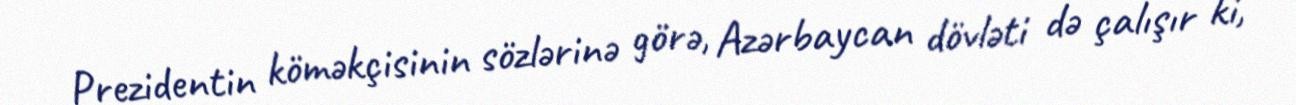
Prezidentin köməkçisinin sözlərinə görə, Azərbaycan dövləti də çalışır ki,